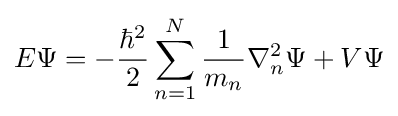
E\Psi =-{\frac {\hbar ^{2}}{2}}\sum _{n=1}^{N}{\frac {1}{m_{n}}}\nabla _{n}^{2}\Psi +V\Psi